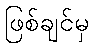
ဖြစ်ချင်မှ